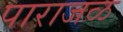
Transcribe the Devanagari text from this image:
पाराजळ